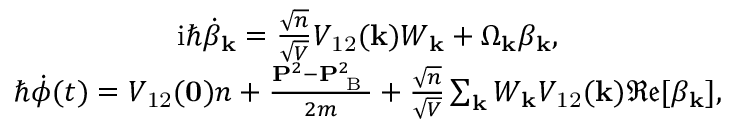
\begin{array} { r } { \begin{array} { c } { \mathrm { i } \hbar \dot { \beta } _ { \mathbf { k } } = \frac { \sqrt { n } } { \sqrt { V } } V _ { \mathrm { 1 2 } } ( \mathbf { k } ) W _ { \mathbf { k } } + \Omega _ { \mathbf { k } } \beta _ { \mathbf { k } } , } \\ { \hbar \dot { \phi } ( t ) = V _ { \mathrm { 1 2 } } ( \mathbf { 0 } ) n + \frac { \mathbf { P } ^ { 2 } - \mathbf { P } _ { \textrm { B } } ^ { 2 } } { 2 m } + \frac { \sqrt { n } } { \sqrt { V } } \sum _ { \mathbf { k } } W _ { \mathbf { k } } V _ { \mathrm { 1 2 } } ( \mathbf { k } ) \mathfrak { R e } [ \beta _ { \mathbf { k } } ] , } \end{array} } \end{array}